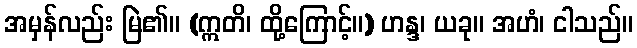
အမှန်လည်း မြဲ၏။ (ဣတိ၊ ထို့ကြောင့်။) ဟန္ဒ၊ ယခု။ အဟံ၊ ငါသည်။